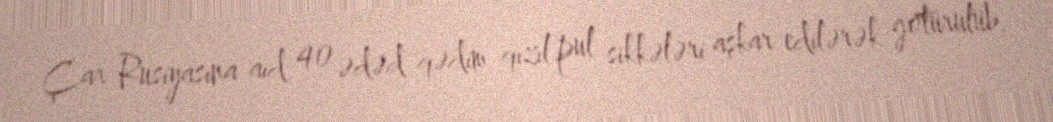
Çar Rusiyasına aid 40 ədəd qədim qızıl pul sikkələri aşkar edilərək götürülüb.